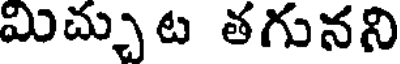
మిచ్చుట తగునని